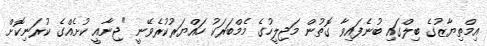
އިމްތިޔާޒުގެ ބިލްގައި ބުނެފައިވާ ގޮތުން މަޖިލީހުގެ މެމްބަރަކު ހައްޔަރުކުރެވޭނީ "ޖިނާއީ ކުށެއްގެ ކުރަނިކޮށް